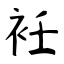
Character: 衽